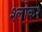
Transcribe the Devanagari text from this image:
श्लोक१